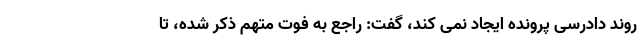
روند دادرسی پرونده ایجاد نمی کند، گفت: راجع به فوت متهم ذکر شده، تا